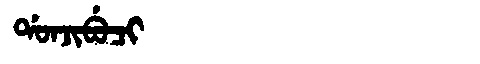
Manchu: ᡩᠣᠨᠵᡳᠪᡠᠴᡳ
Romanization: DONJIBUCI